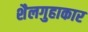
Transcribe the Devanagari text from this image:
शैलगुहाकार